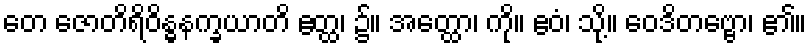
တေ ဇောတိရိဝိန္ဓနက္ခယာတိ ဧတ္ထ၊ ၌။ အတ္ထော၊ ကို။ ဧဝံ၊ သို့။ ဝေဒိတဗ္ဗော၊ ၏။